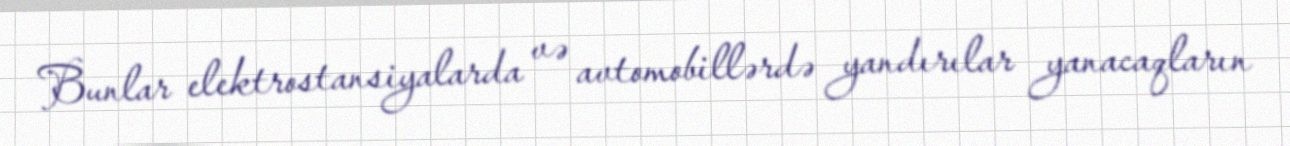
Bunlar elektrostansiyalarda və avtomobillərdə yandırılar yanacaqların